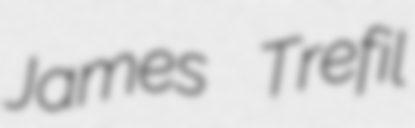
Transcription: James Trefil